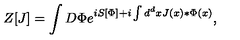
Z [ J ] = \int D \Phi e ^ { i S [ \Phi ] + i \int d ^ { d } x J ( x ) * \Phi ( x ) } ,